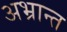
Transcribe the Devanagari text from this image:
अभ्रान्त